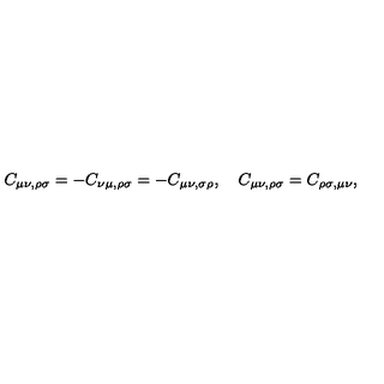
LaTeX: C _ { \mu \nu , \rho \sigma } = - C _ { \nu \mu , \rho \sigma } = - C _ { \mu \nu , \sigma \rho } , \quad C _ { \mu \nu , \rho \sigma } = C _ { \rho \sigma , \mu \nu } ,